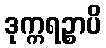
ဒုက္ကရဉ္စာပိ